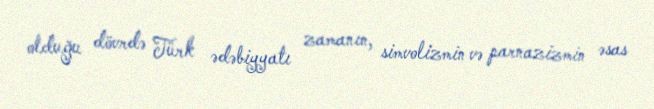
olduğu dövrdə Türk ədəbiyyatı zamanın, simvolizmin və parnazizmin əsas